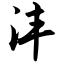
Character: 沣